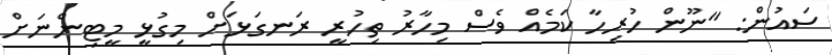
ސައުން: "ނޫން ހުރިހާ ކަމެއް ވެސް މިހާރު ތިހުރީ ރަނގަޅަށް މިގުޅީ މީޓިންނަށް